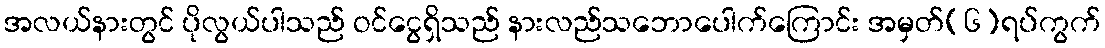
အလယ်နားတွင် ပိုလွယ်ပါသည် ဝင်ငွေရှိသည် နားလည်သဘောပေါက်ကြောင်း အမှတ်(၆)ရပ်ကွက်